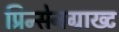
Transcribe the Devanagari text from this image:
प्रिन्सेनग्राख्ट